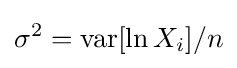
\sigma ^{2}=\operatorname {var} [\ln X_{i}]/n